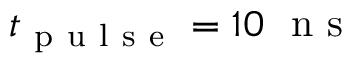
t _ { \mathrm { ~ p ~ u ~ l ~ s ~ e ~ } } = 1 0 ~ \mathrm { ~ n ~ s ~ }